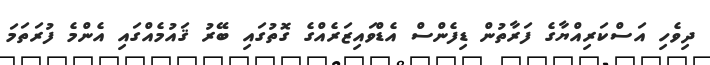
ދިވެހި އަސްކަރިއްޔާގެ ފަރާތުން ޑިފެންސް އެޑްވައިޒަރެއްގެ ގޮތުގައި ބޭރު ޤައުމެއްގައި އެންމެ ފުރަތަމަ